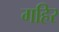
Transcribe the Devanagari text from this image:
गहिर